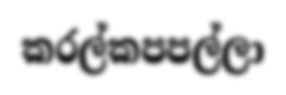
කරල්කපපල්ලා